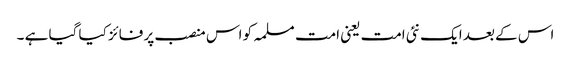
اس کے بعد ایک نئی امت یعنی امت مسلمہ کو اس منصب پر فائز کیا گیا ہے ۔